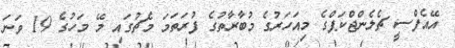
އޭއެފްސީ ޗެލެންޖްކަޕްގެ މިއަހަރުގެ މުބާރާތުގެ ފުރަތަމަ މެޗުގައި މޭ މަހުގެ 19 ވަނަ